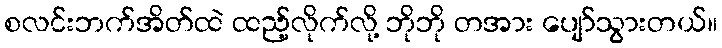
စလင်းဘက်အိတ်ထဲ ထည့်လိုက်လို့ ဘိုဘို တအား ပျော်သွားတယ်။